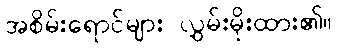
အစိမ်းရောင်များ လွှမ်းမိုးထား၏။